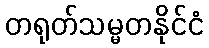
တရုတ်သမ္မတနိုင်ငံ